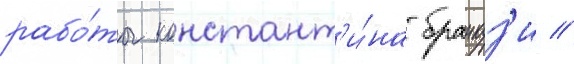
рабо́ты констант'и́на бранкуз'и /